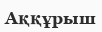
Аққұрыш